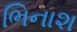
ભિનાશ